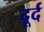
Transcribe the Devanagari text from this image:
दूर्द